Vaccination Hyderabad 1872-1889 - 1872-1889
Year: 1872
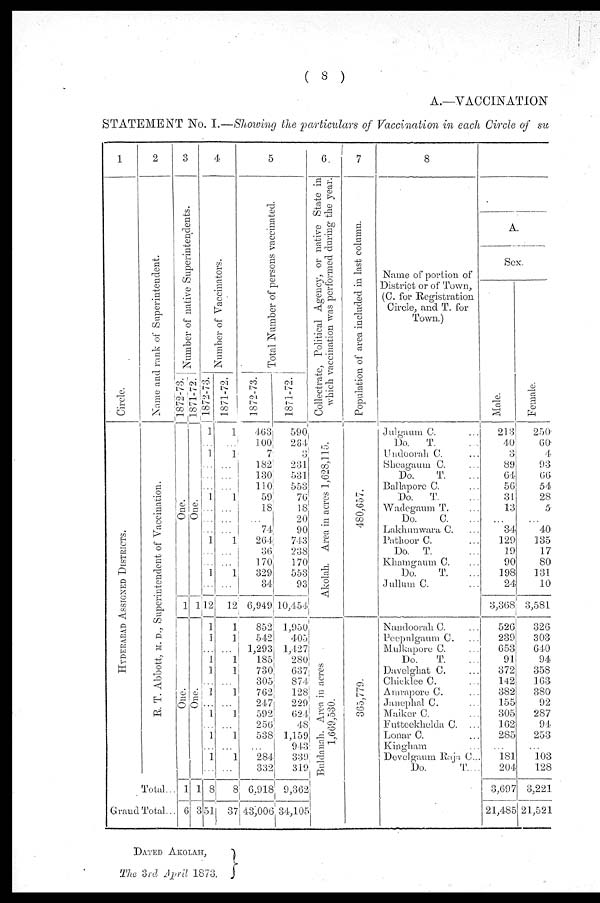
( 8 )
A.—VACCINATION
STATEMENT No. I.—Showing the particulars of Vaccination in each Circle of su
1
Circle.
HYDERABAD ASSIGNED DISTRICTS.
2
Name and rank of Superintendent.
E. T. Abbott, M. D., Superintendent of Vaccination.
Total..
Grand Total..
3
Number of native Superintendents.
1872-73.
One.
1
One.
1
6
1871-72
One.
1
One.
1
3
4
Number of Vaccinators.
1872-73.
1
...
1
...
...
...
1
...
...
...
1
...
...
1
...
12
1
1
...
1
1
...
1
...
1
...
1
...
1
...
8
51
1871-72.
1
...
1
...
...
...
1
...
...
...
1
...
...
1
...
12
1
1
...
1
1
...
1
...
1
...
1
...
1
...
8
37
5
Total Number of persons vaccinated.
1872-73.
463
100
7
182
130
110
59
18
...
74
264
36
170
329
34
6,949
852
542
1,293
185
730
305
762
247
592
256
538
...
284
332
6,918
43,006
1871-72.
590
284
3
231
531
553
76
18
20
90
743
238
170
553
93
10,454
1,950
405
1,427
280
637
874
128
229
624
48
l,159
943
339
319
9,362
34,105
6.
Collectrate, Political Agency, or native State in
which vaccination was performed during the year.
Akolah. Area in acres 1,628,115.
Buldanah. Area in acres
1,669,530.
7
Population of area included in last column.
480,657.
365,779.
8
Name of portion of
District or of Town,
(C. for Registration
Circle, and T. for
Town.)
Julgaum C. ...
Do.
T. ...
Undoorah C. ...
Sheagaum C. ...
Do.
T. ...
Ballapore C. ...
Do.
T. ...
Wadegaum T. ...
Do.
C. ...
Lakhunwara C. ...
Pathoor C. ...
Do. T. ...
Khamgaum C. ...
Do.
T. ...
Jullum C. ...
Nandoorah C. ...
Peepulgaum C. ...
Mulkapore C. ...
Do.
T. ...
Davelghat C. ...
Chicklee C. ...
Ainrapore C. ...
Janephal C. ...
Maiker C. ...
Futteekhelda C. ...
Lonar C. ...
Kingham ...
Develgaum Raja. C...
Do.
T...
A.
Sex.
Male.
213
40
3
89
64
56
31
13
...
34
129
19
90
198
24
3,368
526
239
653
91
372
142
382
155
305
162
285
...
181
204
3,697
21,485
Female.
250
60
4
93
66
54
28
5
...
40
135
17
80
131
10
3,581
326
303
640
94
358
163
380
92
287
94
253
...
103
128
3,221
121,521
DATED AKOLAH,
The 3rd April 1873.